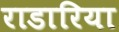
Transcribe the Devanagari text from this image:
राडारिया